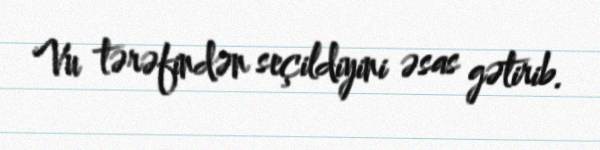
Vu tərəfindən seçildiyini əsas gətirib.